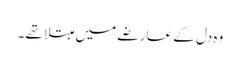
وہ دل کے عارضے میں مبتلا تھے۔